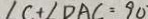
\angle C + \angle D A C = 9 0 ^ { \circ }